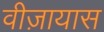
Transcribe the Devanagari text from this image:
वीज़ायास